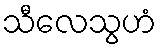
သီလေသွဟံ